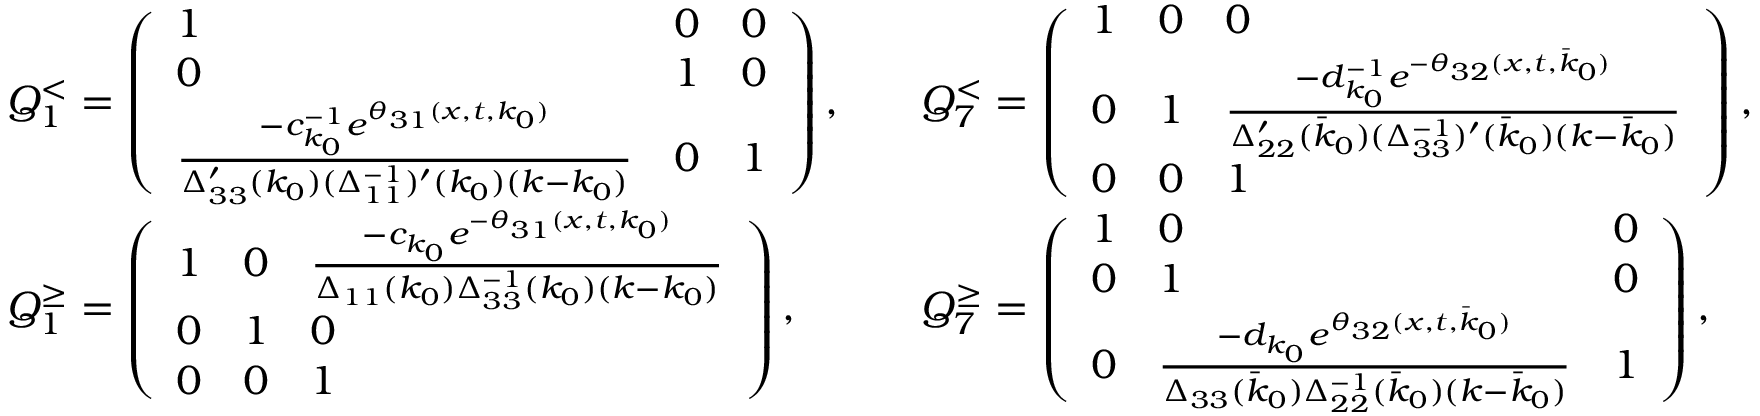
\begin{array} { r l r l } & { Q _ { 1 } ^ { < } = \left( \begin{array} { l l l } { 1 } & { 0 } & { 0 } \\ { 0 } & { 1 } & { 0 } \\ { \frac { - c _ { k _ { 0 } } ^ { - 1 } e ^ { \theta _ { 3 1 } ( x , t , k _ { 0 } ) } } { \Delta _ { 3 3 } ^ { \prime } ( k _ { 0 } ) ( \Delta _ { 1 1 } ^ { - 1 } ) ^ { \prime } ( k _ { 0 } ) ( k - k _ { 0 } ) } } & { 0 } & { 1 } \end{array} \right) , } & & { Q _ { 7 } ^ { < } = \left( \begin{array} { l l l } { 1 } & { 0 } & { 0 } \\ { 0 } & { 1 } & { \frac { - d _ { k _ { 0 } } ^ { - 1 } e ^ { - \theta _ { 3 2 } ( x , t , \bar { k } _ { 0 } ) } } { \Delta _ { 2 2 } ^ { \prime } ( \bar { k } _ { 0 } ) ( \Delta _ { 3 3 } ^ { - 1 } ) ^ { \prime } ( \bar { k } _ { 0 } ) ( k - \bar { k } _ { 0 } ) } } \\ { 0 } & { 0 } & { 1 } \end{array} \right) , } \\ & { Q _ { 1 } ^ { \geq } = \left( \begin{array} { l l l } { 1 } & { 0 } & { \frac { - c _ { k _ { 0 } } e ^ { - \theta _ { 3 1 } ( x , t , k _ { 0 } ) } } { \Delta _ { 1 1 } ( k _ { 0 } ) \Delta _ { 3 3 } ^ { - 1 } ( k _ { 0 } ) ( k - k _ { 0 } ) } } \\ { 0 } & { 1 } & { 0 } \\ { 0 } & { 0 } & { 1 } \end{array} \right) , } & & { Q _ { 7 } ^ { \geq } = \left( \begin{array} { l l l } { 1 } & { 0 } & { 0 } \\ { 0 } & { 1 } & { 0 } \\ { 0 } & { \frac { - d _ { k _ { 0 } } e ^ { \theta _ { 3 2 } ( x , t , \bar { k } _ { 0 } ) } } { \Delta _ { 3 3 } ( \bar { k } _ { 0 } ) \Delta _ { 2 2 } ^ { - 1 } ( \bar { k } _ { 0 } ) ( k - \bar { k } _ { 0 } ) } } & { 1 } \end{array} \right) , } \end{array}